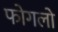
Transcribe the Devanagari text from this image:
फोगलो